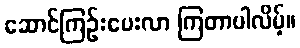
ဆောင်ကြဉ်းပေးလာ ကြတာပါလိမ့်။